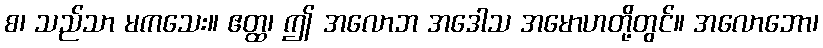
စ၊ သည်သာ မကသေး။ ဧတ္ထ၊ ဤ အလောဘ အဒေါသ အမောဟတို့တွင်။ အလောဘော၊